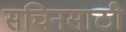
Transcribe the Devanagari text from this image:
सचिनसाठी